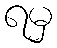
ရမှ